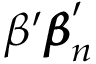
\beta ^ { \prime } { \pmb \beta } _ { n } ^ { \prime }